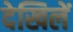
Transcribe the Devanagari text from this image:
देखिलें